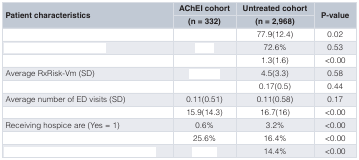
<table><thead><tr><td rowspan="2"><b>Patient characteristics</b></td><td><b>AChEI cohort</b></td><td><b>Untreated cohort</b></td><td rowspan="2"><b>P-value</b></td></tr><tr><td><b>(n = 332)</b></td><td><b>(n = 2,968)</b></td></tr></thead><tbody><tr><td>[EMPTY_CELL]</td><td>[EMPTY_CELL]</td><td>77.9(12.4)</td><td>0.02</td></tr><tr><td>[EMPTY_CELL]</td><td>[EMPTY_CELL]</td><td>72.6%</td><td>0.53</td></tr><tr><td>[EMPTY_CELL]</td><td>[EMPTY_CELL]</td><td>1.3(1.6)</td><td>&lt;0.00</td></tr><tr><td>Average RxRisk-Vm (SD)</td><td>[EMPTY_CELL]</td><td>4.5(3.3)</td><td>0.58</td></tr><tr><td>[EMPTY_CELL]</td><td>[EMPTY_CELL]</td><td>0.17(0.5)</td><td>0.44</td></tr><tr><td>Average number of ED visits (SD)</td><td>0.11(0.51)</td><td>0.11(0.58)</td><td>0.17</td></tr><tr><td>[EMPTY_CELL]</td><td>15.9(14.3)</td><td>16.7(16)</td><td>&lt;0.00</td></tr><tr><td>Receiving hospice are (Yes = 1)</td><td>0.6%</td><td>3.2%</td><td>&lt;0.00</td></tr><tr><td>[EMPTY_CELL]</td><td>25.6%</td><td>16.4%</td><td>&lt;0.00</td></tr><tr><td>[EMPTY_CELL]</td><td>[EMPTY_CELL]</td><td>14.4%</td><td>&lt;0.00</td></tr></tbody></table>